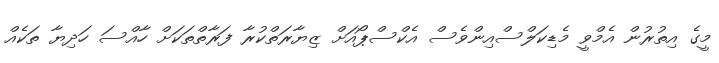
މީގެ އިތުރުން އެމްވީ މެޑިކަލްސްއިންވެސް އެކްސްޕޯއަށް ޒިޔާރަތްކުރާ ފަރާތްތަކަށް ހާއްސަ ހަދިޔާ ތަކެއް